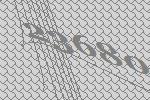
23680